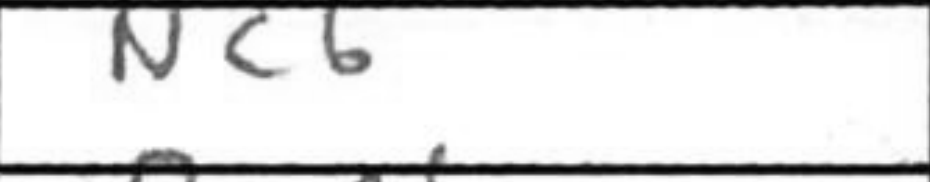
Transcription: Nc6